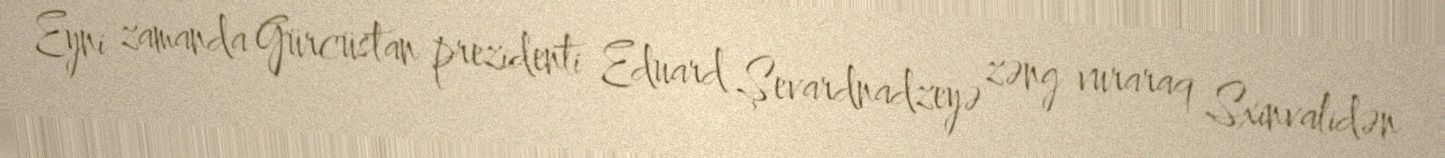
Eyni zamanda Gürcüstan prezidenti Eduard Şevardnadzeyə zəng vuraraq Sxinvalidən